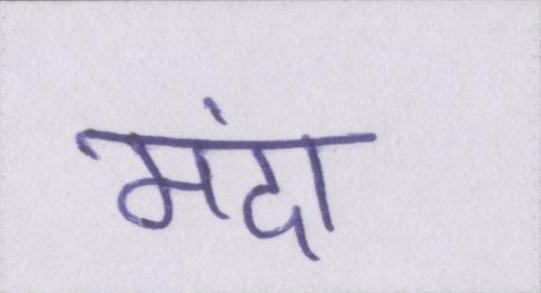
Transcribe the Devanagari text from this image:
मंदा